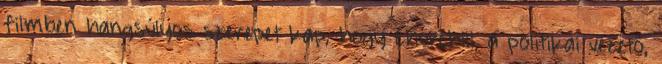
filmben hangsúlyos szerepet kap, hogy Churchill, a politikai vezető,